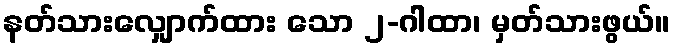
နတ်သားလျှောက်ထား သော ၂-ဂါထာ၊ မှတ်သားဖွယ်။